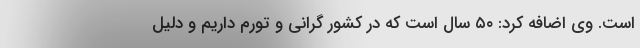
است. وی اضافه کرد: ۵۰ سال است که در کشور گرانی و تورم داریم و دلیل